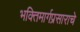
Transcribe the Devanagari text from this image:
भक्तिमार्गप्रसाराचे